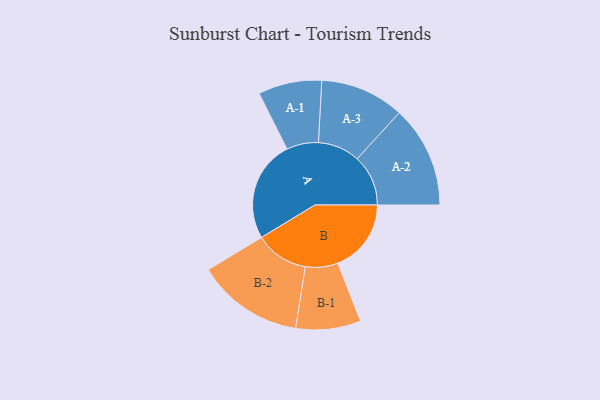
{"axis": {"x": "Segment", "y": "Value"}, "legend": ["", "A", "B"], "data": [{"x": "A", "y": 465, "type": ""}, {"x": "B", "y": 337, "type": ""}, {"x": "A-1", "y": 146, "type": "A"}, {"x": "A-2", "y": 234, "type": "A"}, {"x": "A-3", "y": 193, "type": "A"}, {"x": "B-1", "y": 149, "type": "B"}, {"x": "B-2", "y": 245, "type": "B"}]}